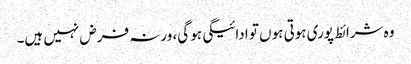
وہ شرائط پوری ہوتی ہوں تو ادائیگی ہو گی، ورنہ فرض نہیں ہیں۔